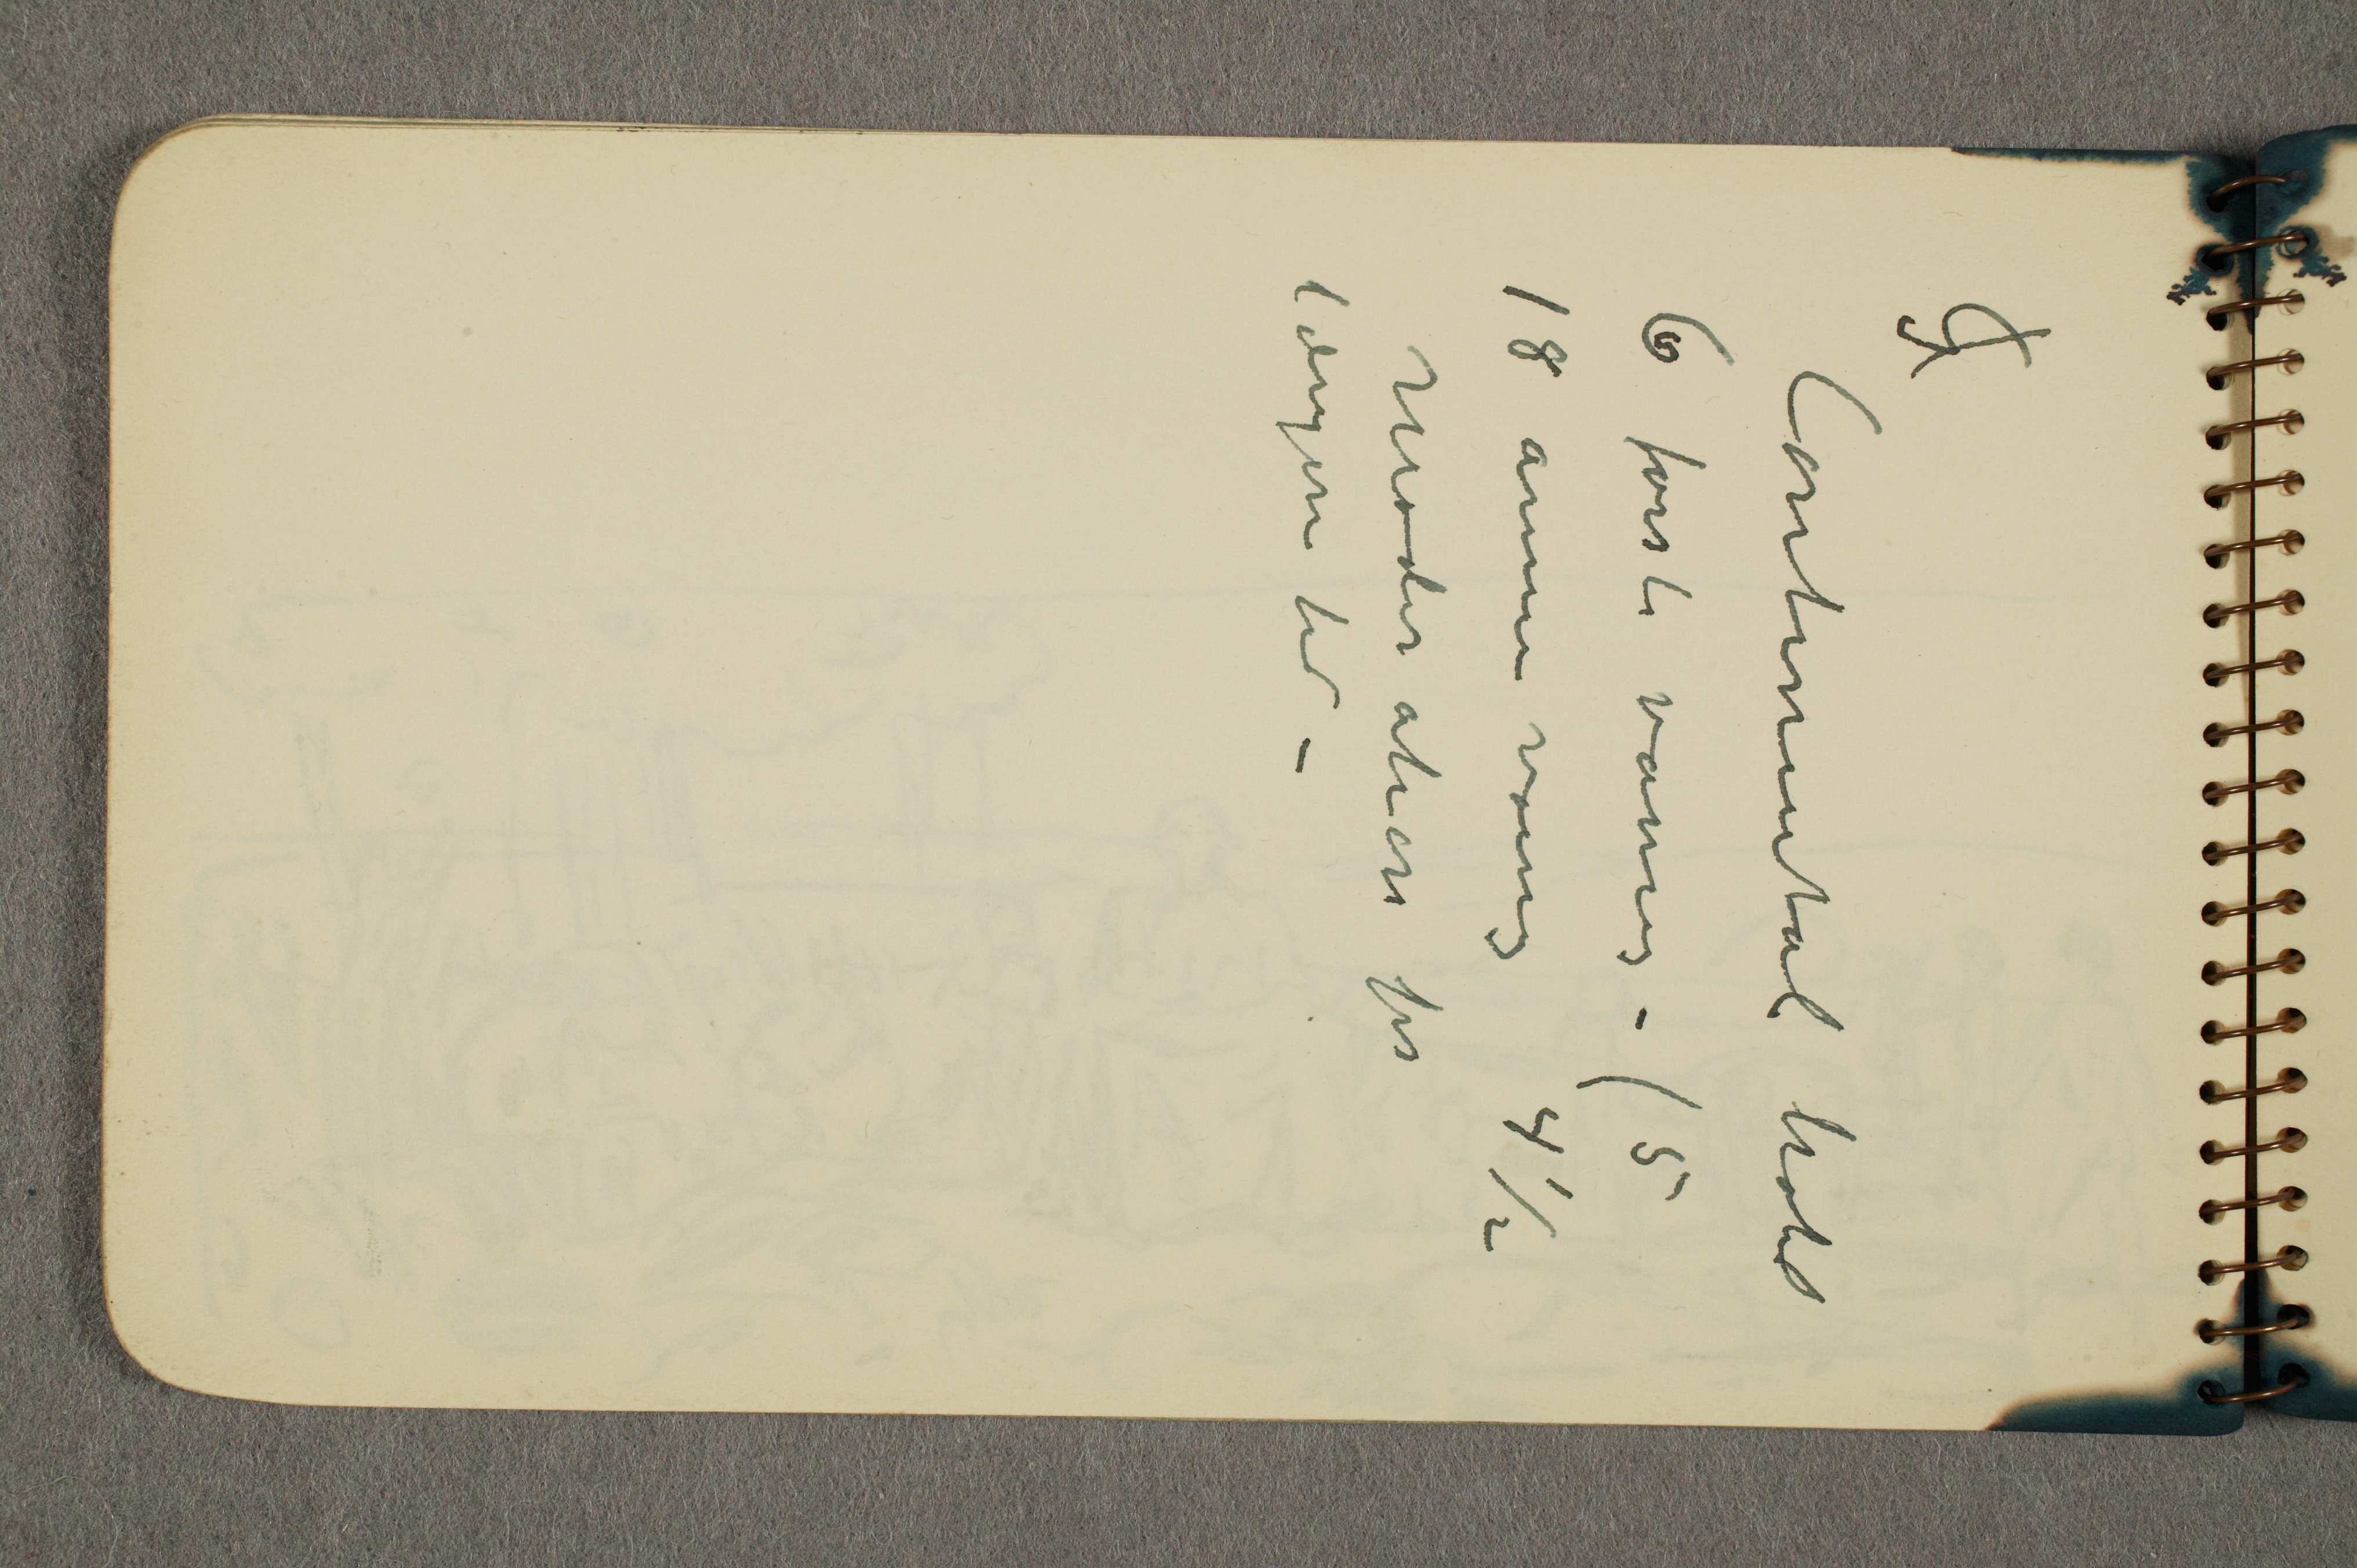
G
Continental hotel
6 første va.. – (5
18 annen va... 4 ½
Moderation for
længere tid –